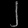
Digit: ၂